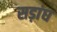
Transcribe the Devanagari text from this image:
सड़ांघ